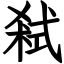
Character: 弒